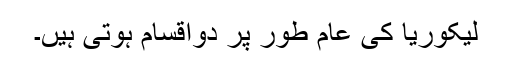
لیکوریا کی عام طور پر دواقسام ہوتی ہیں۔